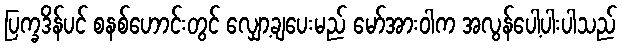
ပြက္ခဒိန်ပင် စနစ်ဟောင်းတွင် လျှော့ချပေးမည် မော်အားဝါက အလွန်ပေါ့ပါးပါသည်